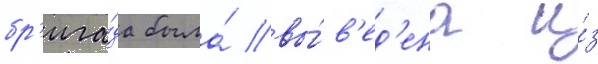
бр'ига́да была́ вы́в'ед'ена и́з